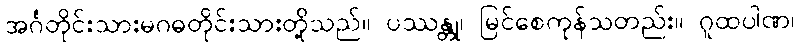
အင်္ဂတိုင်းသားမဂဓတိုင်းသားတို့သည်။ ပဿန္တု၊ မြင်စေကုန်သတည်း။ ဂူထပါဏ၊